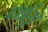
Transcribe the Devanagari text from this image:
धांसू